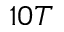
1 0 T